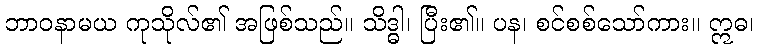
ဘာဝနာမယ ကုသိုလ်၏ အဖြစ်သည်။ သိဒ္ဓါ၊ ပြီး၏။ ပန၊ စင်စစ်သော်ကား။ ဣဓ၊